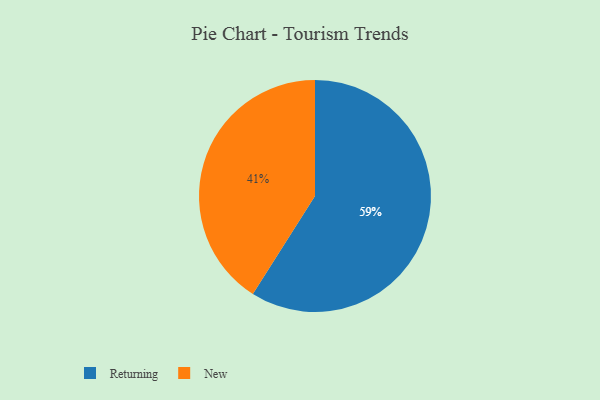
{"axis": {"x": "Category", "y": "Percentage"}, "legend": ["New", "Returning"], "data": [{"x": "New", "y": 41, "type": "New"}, {"x": "Returning", "y": 59, "type": "Returning"}]}